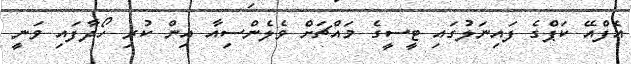
އެފްއޭ ކަޕްގެ ފައިނަލުގައި ޓީސީގެ މައްޗަށް ވެލެންސިއާ އިން ކުރި ހޯދާފައި ވަނީ